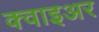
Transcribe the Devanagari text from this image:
क्वाइअर